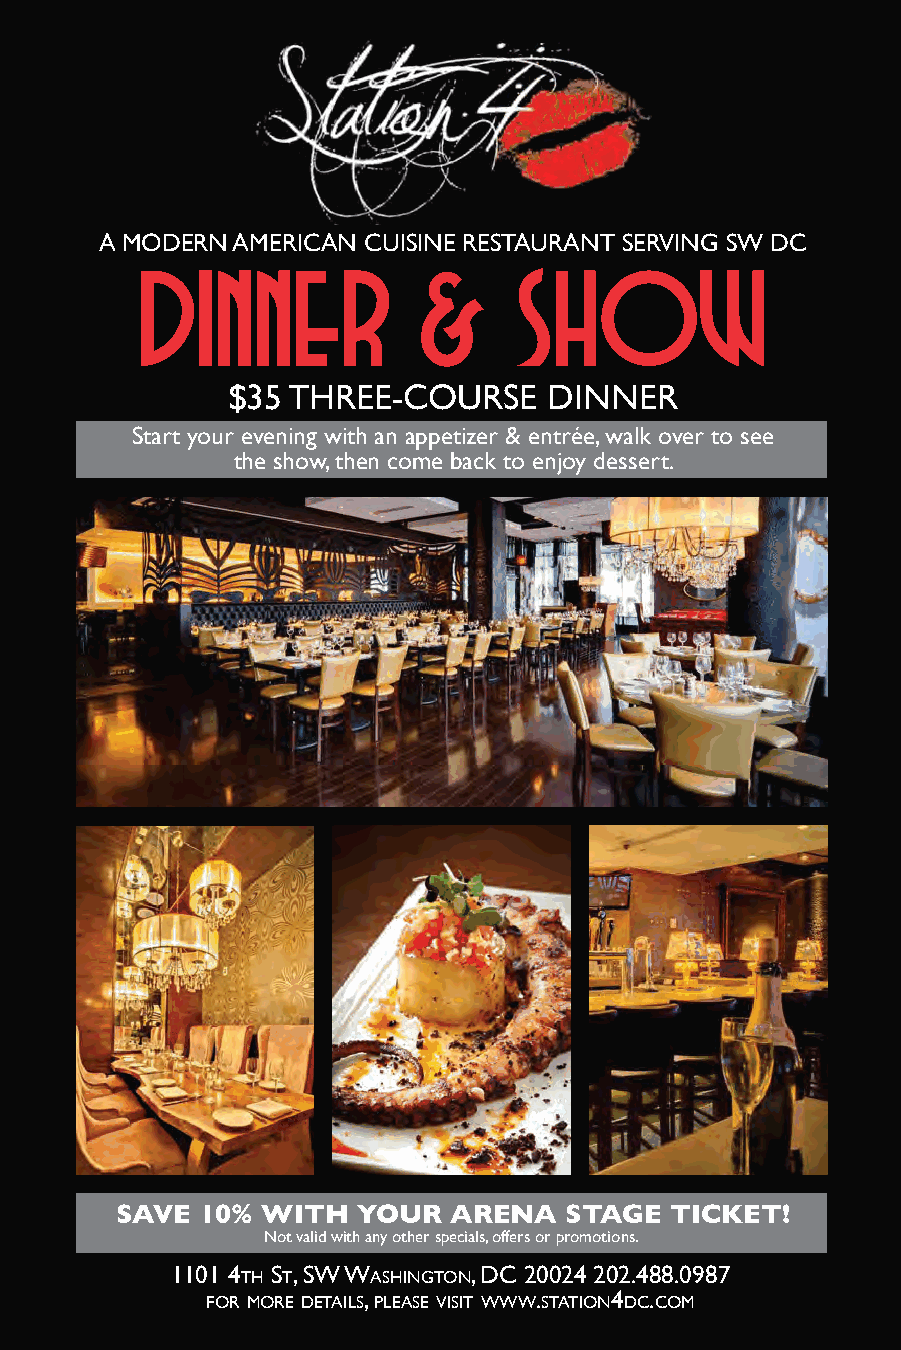
A MODERN AMERICAN CUISINE RESTAURANT SERVING SW DC
 DINNER             &     SHOW
 $35 THREE-COURSE     DINNER
 Start your evening with an appetizer & entrée, walk over to see
 the show, then come back to enjoy dessert.
 SAVE 10% WITH   YOUR  ARENA  STAGE  TICKET!
 Not valid with any other specials, offers or promotions.
 1101 4th St, SW WaShington, DC 20024 202.488.0987
 for more DetailS, pleaSe viSit WWW.Station4DC.Com